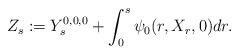
LaTeX: \begin{align*}Z_s:=Y_s^{0,0,0}+\int_0^s\psi_0(r,X_r,0)dr.\end{align*}